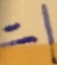
= 1